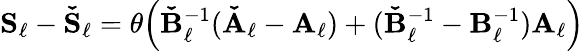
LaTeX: \boldsymbol{\mathbf{S}}_{\ell}-\boldsymbol{\mathbf{\check{S}}}_{\ell}=\theta\Bigl(\boldsymbol{\mathbf{\check{B}}}_{\ell}^{-1}(\boldsymbol{\mathbf{\check{A}}}_{\ell}-\boldsymbol{\mathbf{A}}_{\ell})+(\boldsymbol{\mathbf{\check{B}}}_{\ell}^{-1}-\boldsymbol{\mathbf{B}}_{\ell}^{-1})\boldsymbol{\mathbf{A}}_{\ell}\Bigr)